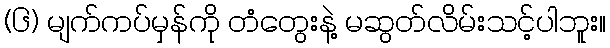
(၆) မျက်ကပ်မှန်ကို တံတွေးနဲ့ မဆွတ်လိမ်းသင့်ပါဘူး။